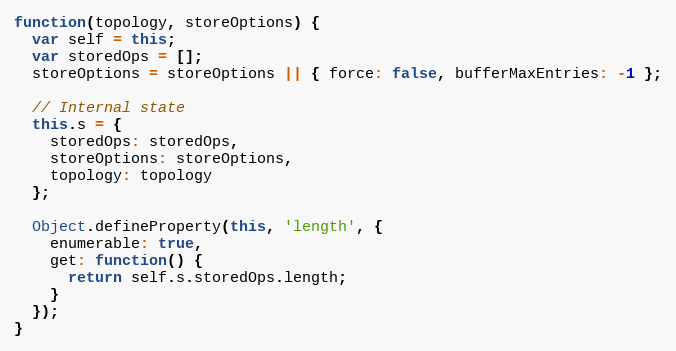
Language: JavaScript
function(topology, storeOptions) {
  var self = this;
  var storedOps = [];
  storeOptions = storeOptions || { force: false, bufferMaxEntries: -1 };

  // Internal state
  this.s = {
    storedOps: storedOps,
    storeOptions: storeOptions,
    topology: topology
  };

  Object.defineProperty(this, 'length', {
    enumerable: true,
    get: function() {
      return self.s.storedOps.length;
    }
  });
}